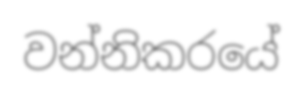
වන්නිකරයේ